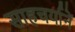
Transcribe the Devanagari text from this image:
साहचर्यानें